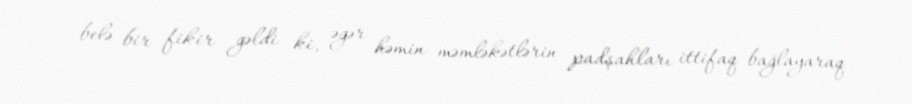
belə bir fikir gəldi ki, əgər həmin məmləkətlərin padşahları ittifaq bağlayaraq